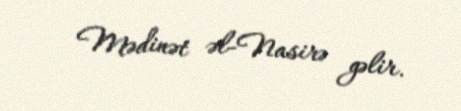
Mədinət əl-Nasirə gəlir.